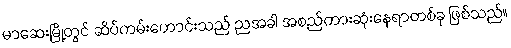
မာဆေးမြို့တွင် ဆိပ်ကမ်းဟောင်းသည် ညအခါ အစည်ကားဆုံးနေရာတစ်ခု ဖြစ်သည်။